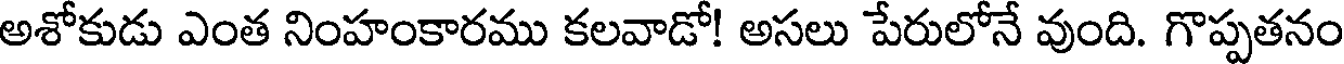
అశోకుడు ఎంత నింహంకారము కలవాడో! అసలు పేరులోనే వుంది. గొప్పతనం